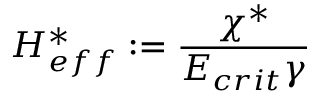
H _ { e f f } ^ { * } : = \frac { \chi ^ { * } } { E _ { c r i t } \gamma }